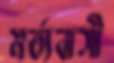
মর্ত্যবাসী